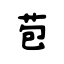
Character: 苞